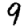
Digit: 9